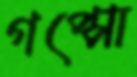
গপ্পো